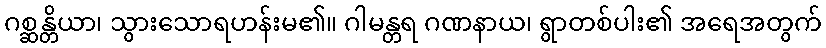
ဂစ္ဆန္တိယာ၊ သွားသောရဟန်းမ၏။ ဂါမန္တရ ဂဏနာယ၊ ရွာတစ်ပါး၏ အရေအတွက်